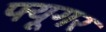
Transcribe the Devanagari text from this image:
फ्यूगर